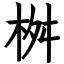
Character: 桝